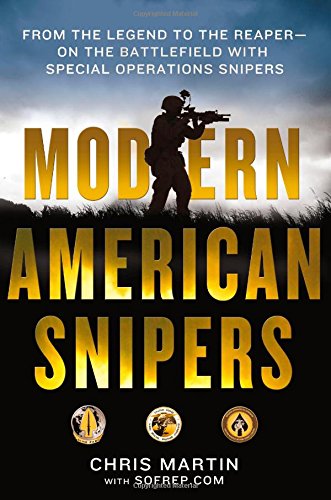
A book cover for Modern American Snipers: From The Legend to The Reaper---on the Battlefield with Special Operations Snipers; Chris Martin; History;